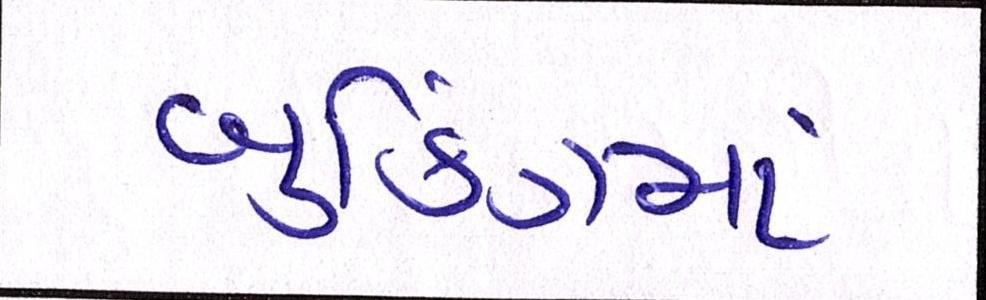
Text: બુકિંગમાં